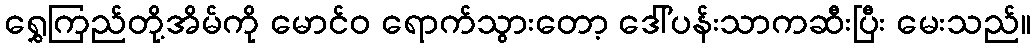
ရွှေကြည်တို့အိမ်ကို မောင်ဝ ရောက်သွားတော့ ဒေါ်ပန်းသာကဆီးပြီး မေးသည်။